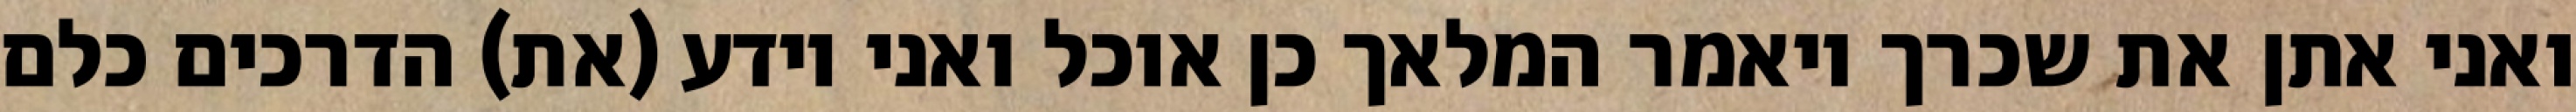
ואני אתן את שכרך ויאמר המלאך כן אוכל ואני יודע (את) הדרכים כלם